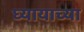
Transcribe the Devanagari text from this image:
घ्यायाच्या